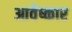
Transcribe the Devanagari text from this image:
आवेष्कार